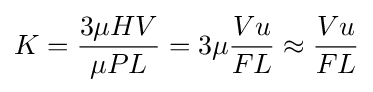
K={\frac {3\mu HV}{\mu PL}}=3\mu {\frac {Vu}{FL}}\approx {\frac {Vu}{FL}}